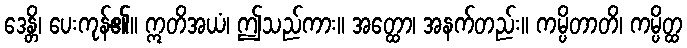
ဒေန္တိ၊ ပေးကုန်၏။ ဣတိအယံ၊ ဤသည်ကား။ အတ္ထော၊ အနက်တည်း။ ကမ္ပိတာတိ၊ ကမ္ပိတ္ထ